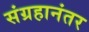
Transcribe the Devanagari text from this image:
संग्रहानंतर